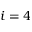
i = 4